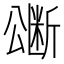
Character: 𭁜